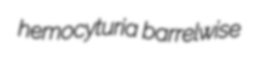
hemocyturia barrelwise